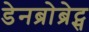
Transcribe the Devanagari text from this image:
डेनब्रोब्रेट्स